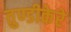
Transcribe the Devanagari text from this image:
तुण्डीकेरे